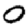
Digit: 0